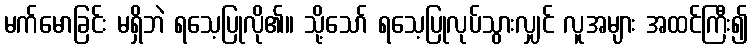
မက်မောခြင်း မရှိဘဲ ရသေ့ပြုလို၏။ သို့သော် ရသေ့ပြုလုပ်သွားလျှင် လူအများ အထင်ကြီး၍